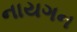
નાયગન